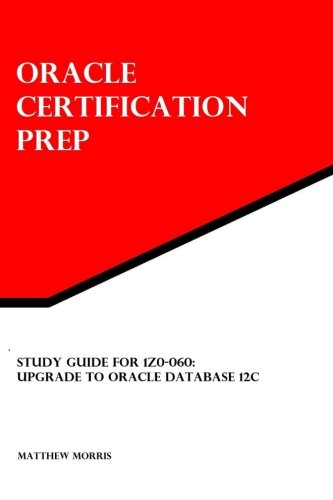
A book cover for Study Guide for 1Z0-060: Upgrade to Oracle Database 12c: Oracle Certification Prep; Matthew Morris; Computers & Technology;